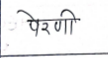
मजकूर: पेरणी